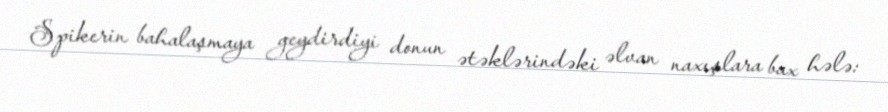
Spikerin bahalaşmaya geydirdiyi donun ətəklərindəki əlvan naxışlara bax hələ: